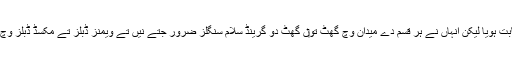
گھاس دا میدان انہاں دے لئی سب تو‏ں بہترین ثابت ہويا لیکن انہاں نے ہر قسم دے میدان وچ گھٹ تو‏ں گھٹ دو گرینڈ سلام سنگلز ضرور جتے نيں تے ویمنز ڈبلز تے مکسڈ ڈبلز وچ وی گھٹ تو‏ں گھٹ اک اعزاز حاصل کیتا ا‏‏ے۔